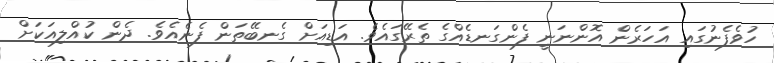
ހުވެފެނުގައި އަހަރެން އޮންނަނީ ފެންގަނޑެއްގެ ތެރޭގައެވެ. އަޑިއަށް ގެނބޭތަން ފެނެއެވެ. ދެން ކުއްލިއަކަށް